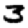
Digit: 3